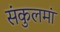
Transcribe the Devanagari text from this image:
संकुलमां